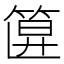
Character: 𥮞